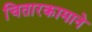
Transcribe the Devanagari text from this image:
चितारकामाने